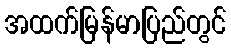
အထက်မြန်မာပြည်တွင်